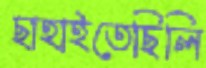
ছাহাইতেছিলি